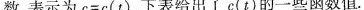
数，表示为$$c = c ( t )$$，下表给出了c(t)的一些函数值。